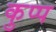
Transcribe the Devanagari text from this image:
कुप्प